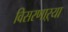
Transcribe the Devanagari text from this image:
विसरणाऱ्या